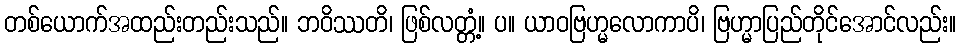
တစ်ယောက်အထည်းတည်းသည်။ ဘဝိဿတိ၊ ဖြစ်လတ္တံ့။ ပ။ ယာဝဗြဟ္မလောကာပိ၊ ဗြဟ္မာပြည်တိုင်အောင်လည်း။